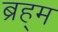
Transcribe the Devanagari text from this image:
ब्रह्‌म